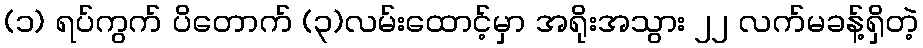
(၁) ရပ်ကွက် ပိတောက် (၃)လမ်းထောင့်မှာ အရိုးအသွား ၂၂ လက်မခန့်ရှိတဲ့